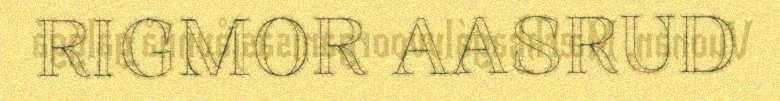
RIGMOR AASRUD